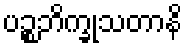
ပဉ္စဘိက္ခုသတာနိ